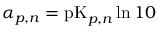
\alpha _ { p , n } = \mathrm { p K } _ { p , n } \ln { 1 0 }